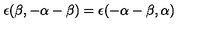
\epsilon ( \beta , - \alpha - \beta ) = \epsilon ( - \alpha - \beta , \alpha )